Punjab Mental Hospital Lahore 1922-31 - 1922-1931
Year: 1922
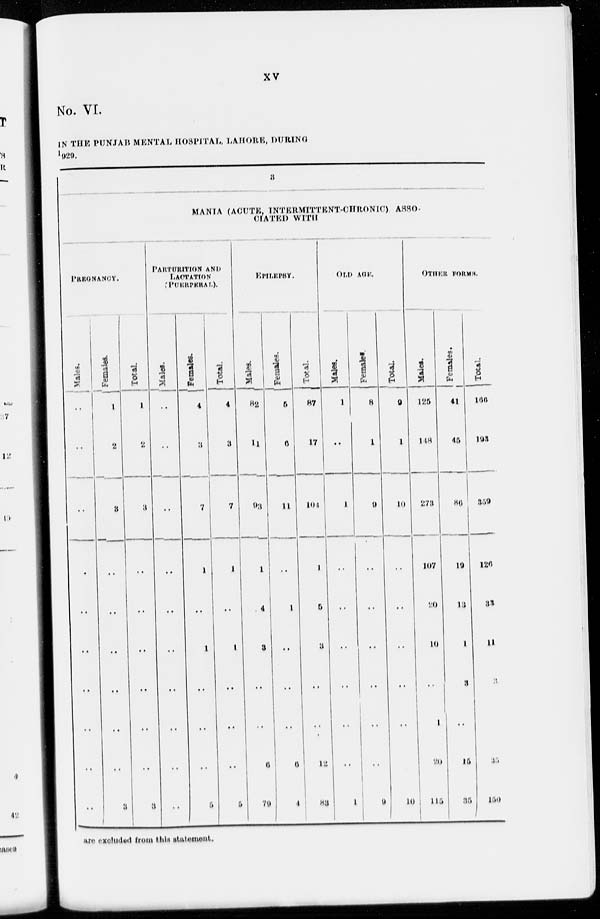
xv
No. VI.
IN THE PUNJAB MENTAL HOSPITAL, LAHORE, DURING
1929.
8
MANIA (ACUTE, INTERMITTENT-CHRONIC), ASSO-
CIATED WITH
PREGNANCY.
Males.
..
..
..
..
..
..
..
..
..
..
Females.
1
2
3
..
..
..
..
..
..
3
Total.
1
2
3
..
..
..
..
..
..
3
PARTURITION
AND
LACTATION
(PUERPERAL).
Males.
..
..
..
..
..
..
..
..
..
..
Females.
4
3
7
1
..
1
..
..
..
5
Total.
4
3
7
l
..
1
..
..
..
5
EPILEPSY.
Males.
82
11
..
l
4
3
..
..
6
79
Females.
5
6
11
..
1
..
..
..
6
4
Total.
87
17
104
1
6
3
..
..
12
83
OLD AGE.
Males.
1
..
1
..
..
..
..
..
..
1
Females.
8
1
9
..
..
..
..
..
..
9
Total.
9
1
10
..
..
..
..
..
10
OTHER
FORMS.
Males.
125
148
273
107
20
10
..
1
20
115
Females.
41
45
86
19
13
1
3
..
15
35
Total.
166
193
359
126
33
11
3
1
35
150
are excluded from this statement.